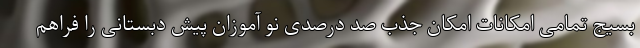
بسیج تمامی امکانات امکان جذب صد درصدی نو آموزان پیش دبستانی را فراهم